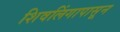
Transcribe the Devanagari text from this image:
शिवलिंगापासून